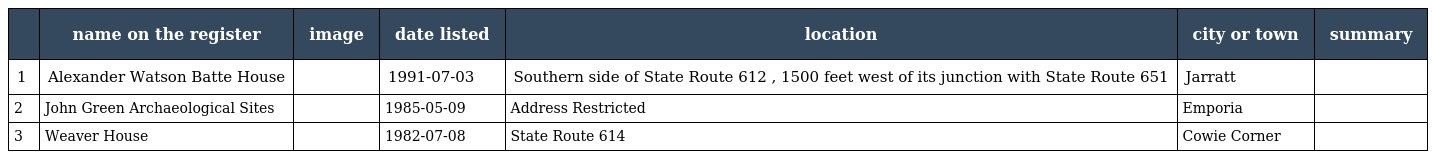
|  | name on the register | image | date listed | location | city or town | summary |
 | --- | --- | --- | --- | --- | --- | --- |
 | 1 | Alexander Watson Batte House |  | 1991-07-03 | Southern side of State Route 612 , 1500 feet west of its junction with State Route 651 | Jarratt |  |
 | 2 | John Green Archaeological Sites |  | 1985-05-09 | Address Restricted | Emporia |  |
 | 3 | Weaver House |  | 1982-07-08 | State Route 614 | Cowie Corner |  |